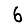
Digit: 6